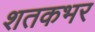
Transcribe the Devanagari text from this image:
शतकभर